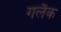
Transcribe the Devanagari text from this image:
गलैक